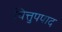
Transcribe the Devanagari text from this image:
चित्तुपपाद